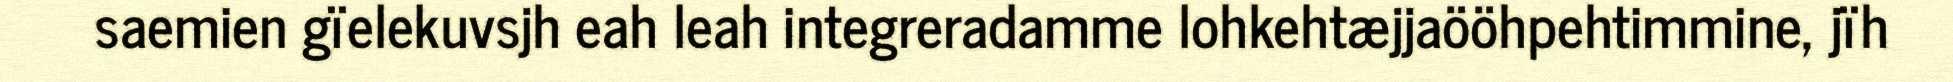
saemien gïelekuvsjh eah leah integreradamme lohkehtæjjaööhpehtimmine, jïh